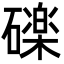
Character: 䃯